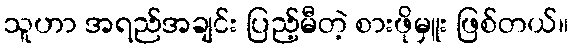
သူဟာ အရည်အချင်း ပြည့်မီတဲ့ စားဖိုမှူး ဖြစ်တယ်။